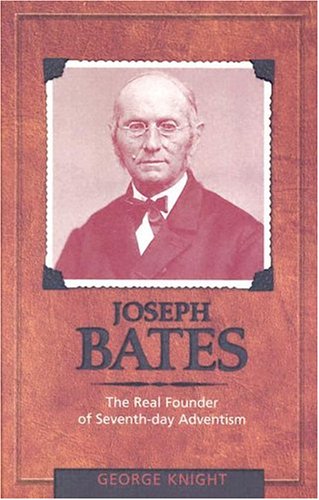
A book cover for Joseph Bates: The Real Founder of Seventh-day Adventism; George R. Knight; Christian Books & Bibles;